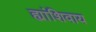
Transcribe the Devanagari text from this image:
ह्यांशिवाय